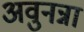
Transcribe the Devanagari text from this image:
अवुनन्ना